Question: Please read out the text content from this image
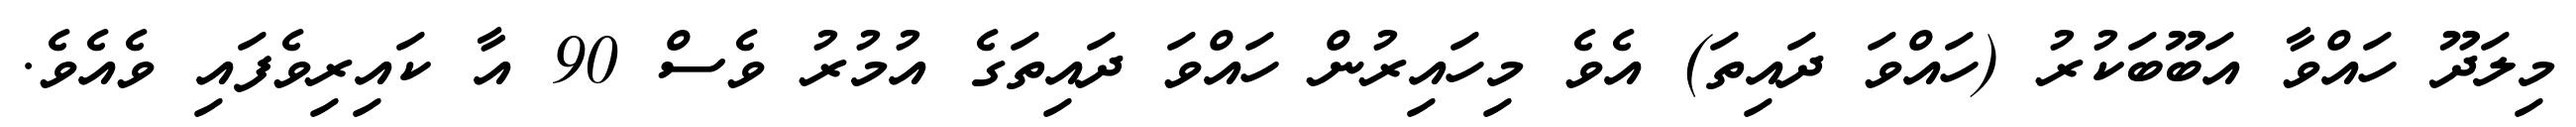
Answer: މިލަދޫ ހައްވާ އަބޫބަކުރު (ހައްވަ ދައިތަ) އެވެ މިހައިރުން ހައްވަ ދައިތަގެ އުމުރު ވެސް 90 އާ ކައިރިވެފައި ވެއެވެ.